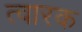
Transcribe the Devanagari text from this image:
त्वारक